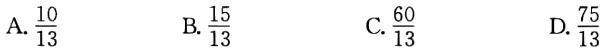
A. $\frac{10}{13}$  B. $\frac{15}{13}$  C. $\frac{60}{13}$  D. $\frac{75}{13}$